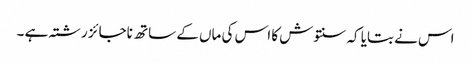
اس نے بتایا کہ سنتوش کا اس کی ماں کے ساتھ ناجائز رشتہ ہے ۔